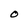
Character: O